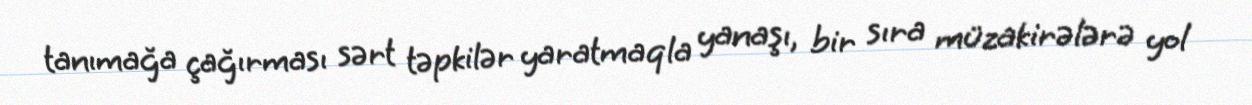
tanımağa çağırması sərt təpkilər yaratmaqla yanaşı, bir sıra müzakirələrə yol